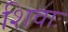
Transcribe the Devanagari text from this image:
शिवाः